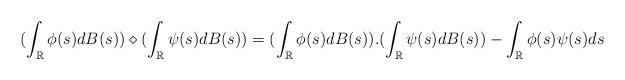
LaTeX: \begin{align*} (\int_{\mathbb{R}}\phi(s)dB(s))\diamond(\int_{\mathbb{R}}\psi(s)dB(s))=(\int_{\mathbb{R}}\phi(s)dB(s)).(\int_{\mathbb{R}}\psi(s)dB(s))-\int_{\mathbb{R}}\phi(s)\psi(s)ds\end{align*}